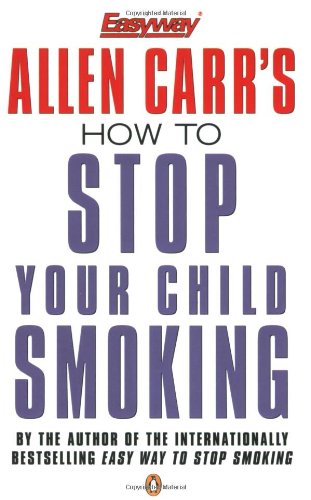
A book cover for How to Stop Your Child Smoking; Allen Carr; Parenting & Relationships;